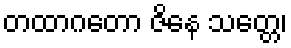
တထာဂတော ဇိနေ သတ္တေ၊